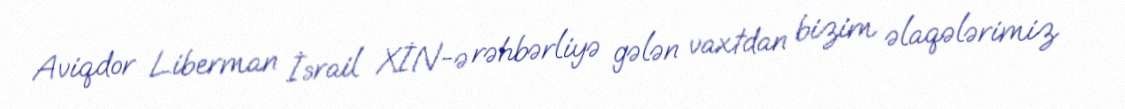
Aviqdor Liberman İsrail XİN-ə rəhbərliyə gələn vaxtdan bizim əlaqələrimiz